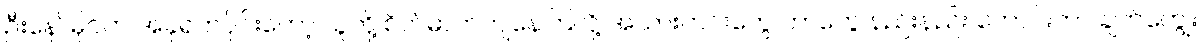
ဦးနော်မိုင်က အခုရက်ပိုင်းတော့ သူတို့ စိတ်ဓာတ်ကျနေကြလို့ အသားဟင်းတွေ ဘာတွေ နည်းနည်း ကောင်းတာ ချက်ကျွေး